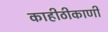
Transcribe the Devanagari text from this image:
काहीठीकाणी